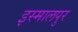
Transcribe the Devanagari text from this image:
इस्मालपुर